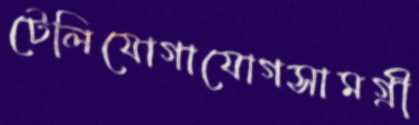
টেলিযোগাযোগসামগ্রী